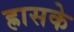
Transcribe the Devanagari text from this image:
ह्रासके